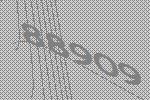
88909